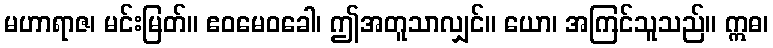
မဟာရာဇ၊ မင်းမြတ်။ ဧဝမေဝခေါ၊ ဤအတူသာလျှင်။ ယော၊ အကြင်သူသည်။ ဣဓ၊